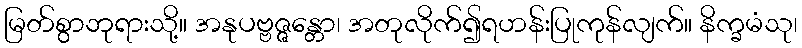
မြတ်စွာဘုရားသို့။ အနုပဗ္ဗဇ္ဇန္တော၊ အတုလိုက်၍ရဟန်းပြုကုန်လျက်။ နိက္ခမံသု၊